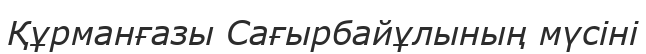
Құрманғазы Сағырбайұлының мүсіні